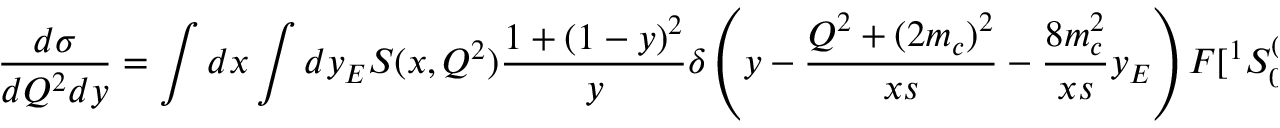
{ \frac { d \sigma } { d Q ^ { 2 } d y } } = \int d x \int d y _ { E } S ( x , Q ^ { 2 } ) { \frac { 1 + ( 1 - y ) ^ { 2 } } { y } } \delta \left( y - { \frac { Q ^ { 2 } + ( 2 m _ { c } ) ^ { 2 } } { x s } } - { \frac { 8 m _ { c } ^ { 2 } } { x s } } y _ { E } \right) F [ ^ { 1 } S _ { 0 } ^ { ( 8 ) } ] ( y _ { E } ) ,